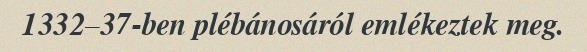
1332–37-ben plébánosáról emlékeztek meg.